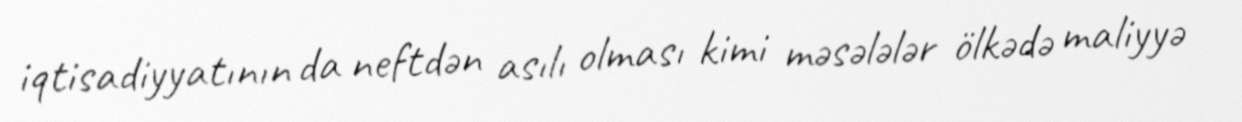
iqtisadiyyatının da neftdən asılı olması kimi məsələlər ölkədə maliyyə